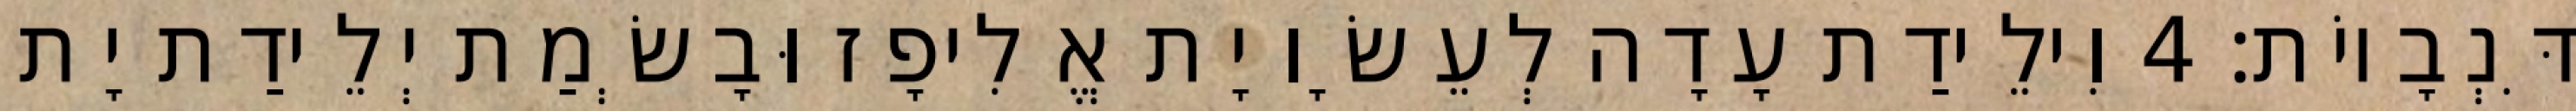
דִּנְבָיוֹת׃ 4 וִילֵידַת עָדָה לְעֵשָׂו יָת אֱלִיפָז וּבָשְׂמַת יְלֵידַת יָת